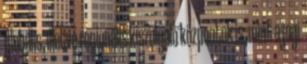
globális, illetve regionális kiszolgáló központok is, mint a jogi